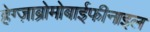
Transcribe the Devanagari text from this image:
हेग्ज़ाब्रोमोबाईफीनाइल